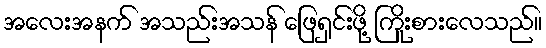
အလေးအနက် အသည်းအသန် ဖြေရှင်းဖို့ ကြိုးစားလေသည်။